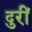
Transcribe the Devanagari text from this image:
दुरीं